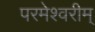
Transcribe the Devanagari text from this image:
परमेश्वरीम्